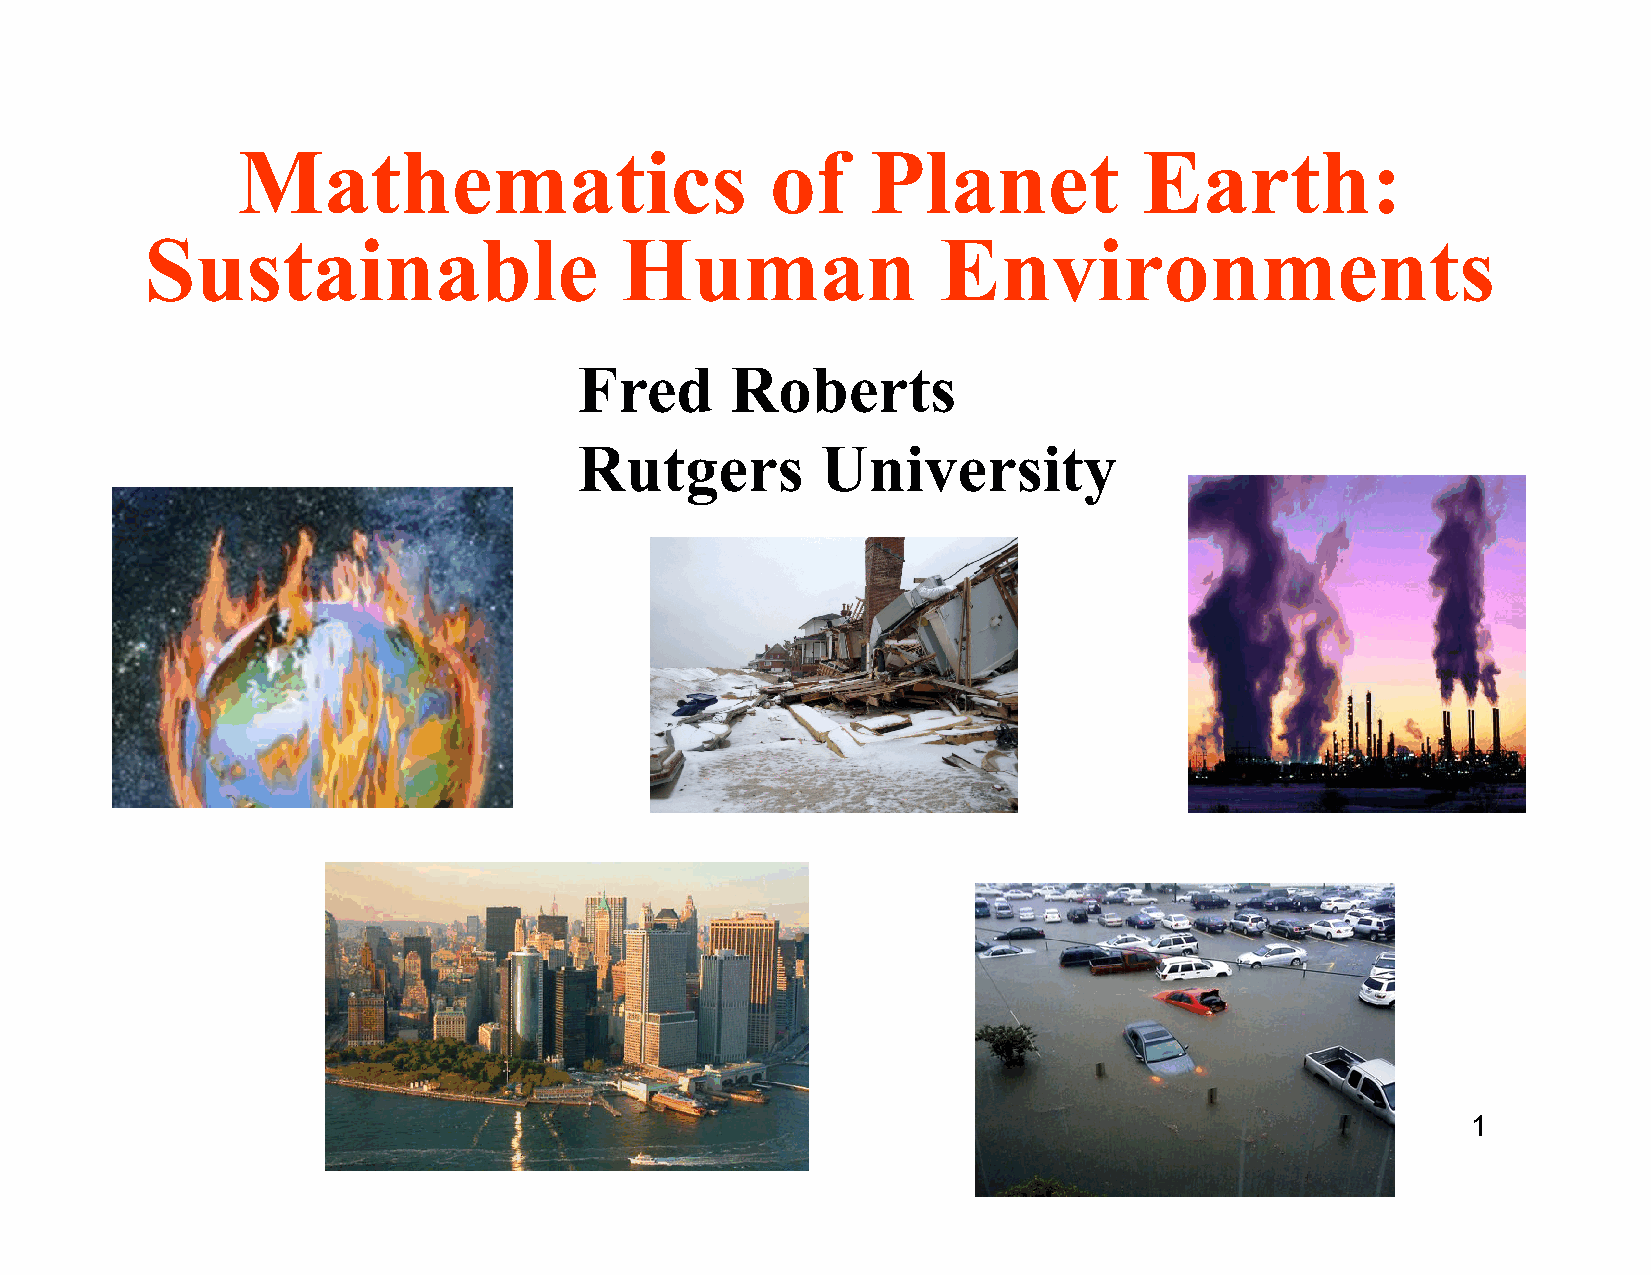
Mathematics                        of     Planet            Earth:
 Sustainable                    Human                Environments
 Fred      Roberts
 Rutgers         University
 1